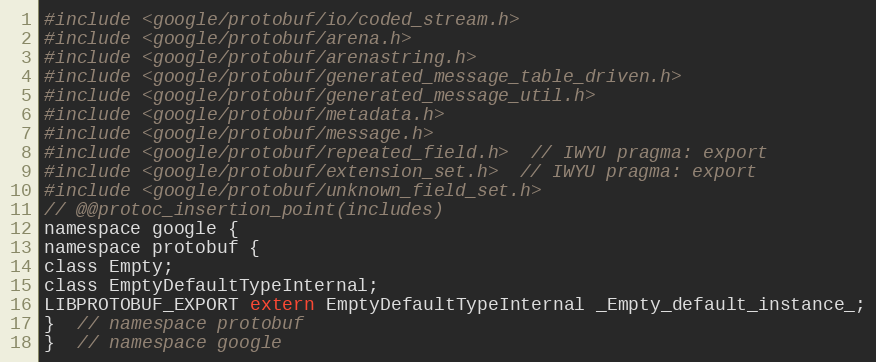
Language: C
#include <google/protobuf/io/coded_stream.h>
#include <google/protobuf/arena.h>
#include <google/protobuf/arenastring.h>
#include <google/protobuf/generated_message_table_driven.h>
#include <google/protobuf/generated_message_util.h>
#include <google/protobuf/metadata.h>
#include <google/protobuf/message.h>
#include <google/protobuf/repeated_field.h>  // IWYU pragma: export
#include <google/protobuf/extension_set.h>  // IWYU pragma: export
#include <google/protobuf/unknown_field_set.h>
// @@protoc_insertion_point(includes)
namespace google {
namespace protobuf {
class Empty;
class EmptyDefaultTypeInternal;
LIBPROTOBUF_EXPORT extern EmptyDefaultTypeInternal _Empty_default_instance_;
}  // namespace protobuf
}  // namespace google